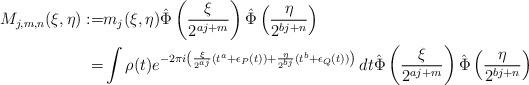
LaTeX: \begin{align*}M_{j,m,n}(\xi,\eta):=&m_j(\xi,\eta)\hat{\Phi}\left(\frac{\xi}{2^{aj+m}}\right)\hat{\Phi}\left(\frac{\eta}{2^{bj+n}}\right)\\=&\int \rho(t)e^{-2\pi i\left(\frac{\xi}{2^{aj}}(t^a+\epsilon_P(t))+\frac{\eta}{2^{bj}}(t^b+\epsilon_Q(t))\right)}\, dt\hat{\Phi}\left(\frac{\xi}{2^{aj+m}}\right)\hat{\Phi}\left(\frac{\eta}{2^{bj+n}}\right)\end{align*}